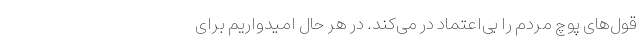
قول‌های پوچ مردم را بی‌اعتماد در می‌کند. در هر حال امیدواریم برای